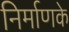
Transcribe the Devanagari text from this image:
निर्माणके